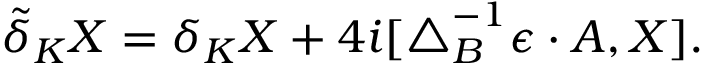
\tilde { \delta } _ { K } X = \delta _ { K } X + 4 i [ \triangle _ { B } ^ { - 1 } \epsilon \cdot A , X ] .